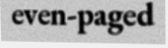
even-paged